Indian journal of veterinary science and animal husbandry - Volumes 18-21, 1948-1951
Year: 1948
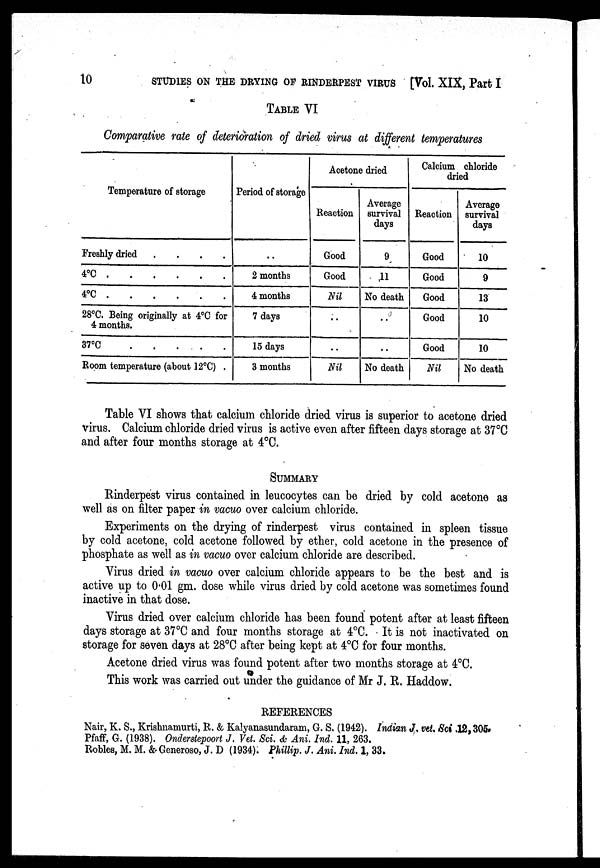
10
STUDIES ON THE DRYING OF RINDERPEST VIRUS [Vol. XIX, Part I
TABLE VI
Comparative rate of deterioration of dried virus at different temperatures
Temperature of storage
Freshly dried
.
.
. .
4°C . . . .
4°C . . . .
28°C. Being originally at 4°C for
4 months.
37°C
Room temperature (about 12°C) .
Period of storage
. .
2 months
4 months
7 days
15 days
3 months
Acetone dried
Reaction
Good
Good
Nil
..
..
Nil
Average
survival
days
9
11
No death
..
..
No death
Calcium chloride
dried
Reaction
Good
Good
Good
Good
Good
Nil
Average
survival
days
10
9
13
10
10
No death
Table VI shows that calcium chloride dried virus is superior to acetone dried
virus. Calcium chloride dried virus is active even after fifteen days storage at 37°C
and after four months storage at 4°C.
SUMMARY
Rinderpest virus contained in leucocytes can be dried by cold acetone as
well as on filter paper in vacuo over calcium chloride.
Experiments on the drying of rinderpest virus contained in spleen tissue
by cold acetone, cold acetone followed by ether, cold acetone in the presence of
phosphate as well as in vacuo over calcium chloride are described.
Virus dried in vacuo over calcium chloride appears to be the best and is
active up to 0.01 gm. dose while virus dried by cold acetone was sometimes found
inactive in that dose.
Virus dried over calcium chloride has been found potent after at least fifteen
days storage at 37°C and four months storage at 4°C. It is not inactivated on
storage for seven days at 28°C after being kept at 4°C for four months.
Acetone dried virus was found potent after two months storage at 4°C.
This work was carried out under the guidance of Mr J. R. Haddow.
REFERENCES
Nair, K. S., Krishnamurti, R. & Kalyanasundaram, G. S. (1942). Indian J. vet. Sci. 12,305.
Pfaff, G. (1938). Onderstepoort J. Vet. Sci. & Ani. Ind. 11, 263.
Robles, M. M. & Generoso, J. D (1934). Phillip. J. Ani. Ind. 1, 33.